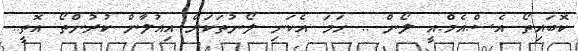
ކޮބައިތޯ އެސް.އެމް.އީ ލޯން .. ހަމަ އެކަނި ލޯނުތަކަށް އިއުލާން ކުރުންތޯ އޮތީ..